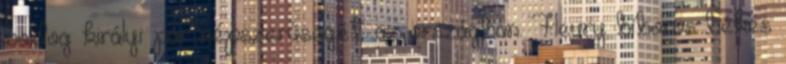
boldog királyi pár népszerűségét az országban. Fleury bíboros békés